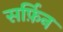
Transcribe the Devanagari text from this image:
सर्फ़िन